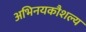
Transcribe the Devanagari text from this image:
अभिनयकौशल्य